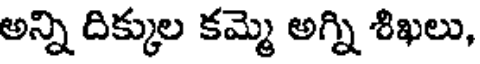
అన్ని దిక్కుల కమ్మె అగ్ని శిఖలు,